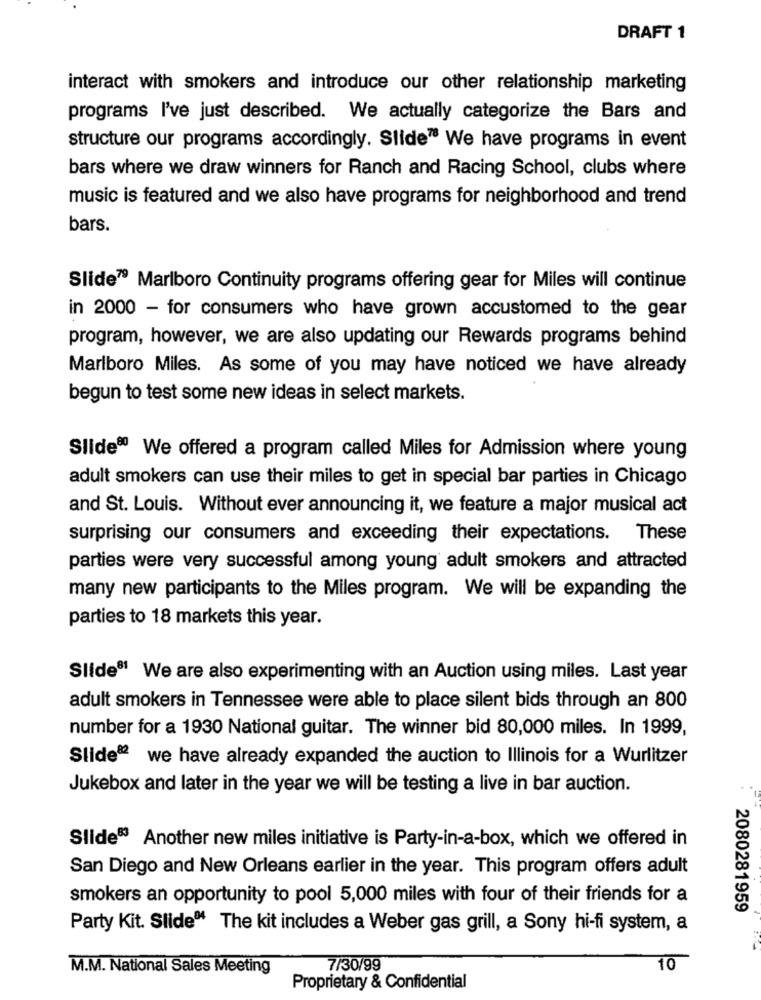
DRAFT 1
interact with smokers and introduce our other relationship marketing
programs I've just described. We actually categorize the Bars and
structure our programs accordingly. Slide™ We have programs in event
bars where we draw winners for Ranch and Racing School, clubs where
music is featured and we also have programs for neighborhood and trend
bars.
Slide79 Marlboro Continuity programs offering gear for Miles will continue
in 2000 - for consumers who have grown accustomed to the gear
program, however, we are also updating our Rewards programs behind
Marlboro Miles. As some of you may have noticed we have already
begun to test some new ideas in select markets.
Slide® We offered a program called Miles for Admission where young
adult smokers can use their miles to get in special bar parties in Chicago
and St. Louis. Without ever announcing it, we feature a major musical act
surprising our consumers and exceeding their expectations. These
parties were very successful among young adult smokers and attracted
many new participants to the Miles program. We will be expanding the
parties to 18 markets this year.
Slide® We are also experimenting with an Auction using miles. Last year
adult smokers in Tennessee were able to place silent bids through an 800
number for a 1930 National guitar. The winner bid 80,000 miles. In 1999,
Slide®2 we have already expanded the auction to Illinois for a Wurlitzer
Jukebox and later in the year we will be testing a live in bar auction.
Slide®3 Another new miles initiative is Party-in-a-box, which we offered in
San Diego and New Orleans earlier in the year. This program offers adult
smokers an opportunity to pool 5,000 miles with four of their friends for a
2080281959
Party Kit. Slide® The kit includes a Weber gas grill, a Sony hi-fi system, a
M.M. National Sales Meeting
7/30/99
10
Proprietary & Confidential